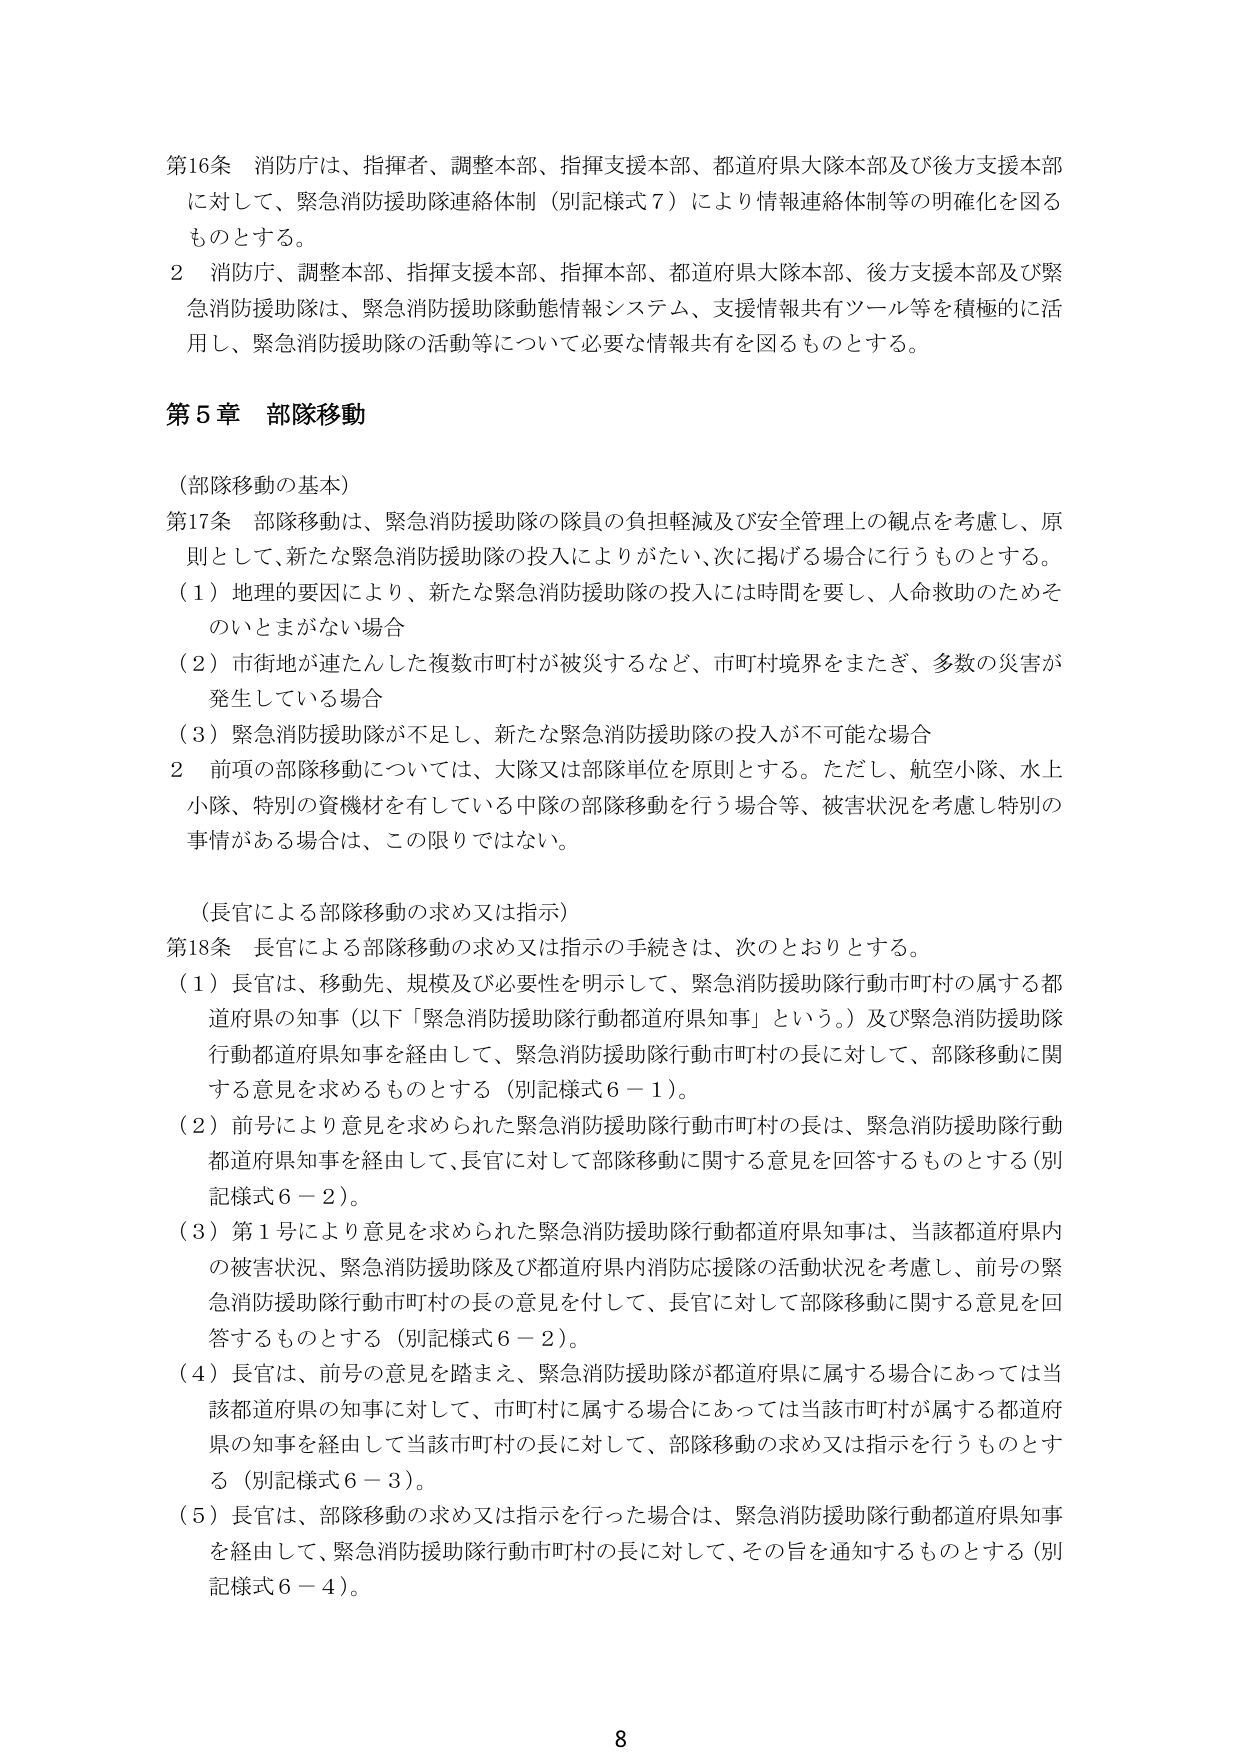
第16条 消防庁は、指揮者、調整本部、指揮支援本部、都道府県大隊本部及び後方支援本部に対して、緊急消防援助隊連絡体制（別記様式７）により情報連絡体制等の明確化を図るものとする。

２ 消防庁、調整本部、指揮支援本部、指揮本部、都道府県大隊本部、後方支援本部及び緊急消防援助隊は、緊急消防援助隊動態情報システム、支援情報共有ツール等を積極的に活用し、緊急消防援助隊の活動等について必要な情報共有を図るものとする。

第５章 部隊移動

（部隊移動の基本）

第17条 部隊移動は、緊急消防援助隊の隊員の負担軽減及び安全管理上の観点を考慮し、原則として、新たな緊急消防援助隊の投入によりがたい、次に掲げる場合に行うものとする。

（１）地理的要因により、新たな緊急消防援助隊の投入には時間を要し、人命救助のためそのいとまがない場合

（２）市街地が連たんした複数市町村が被災するなど、市町村境界をまたぎ、多数の災害が発生している場合

（３）緊急消防援助隊が不足し、新たな緊急消防援助隊の投入が不可能な場合

２ 前項の部隊移動については、大隊又は部隊単位を原則とする。ただし、航空小隊、水上小隊、特別の資機材を有している中隊の部隊移動を行う場合等、被害状況を考慮し特別の事情がある場合は、この限りではない。

（長官による部隊移動の求め又は指示）

第18条 長官による部隊移動の求め又は指示の手続きは、次のとおりとする。

（１）長官は、移動先、規模及び必要性を明示して、緊急消防援助隊行動市町村の属する都道府県の知事（以下「緊急消防援助隊行動都道府県知事」という。）及び緊急消防援助隊行動都道府県知事を経由して、緊急消防援助隊行動市町村の長に対して、部隊移動に関する意見を求めめるものとする（別記様式６－１）。

（２）前号により意見を求められた緊急消防援助隊行動市町村の長は、緊急消防援助隊行動都道府県知事を経由して、長官に対して部隊移動に関する意見を回答するものとする（別記様式６－２）。

（３）第１号により意見を求められた緊急消防援助隊行動都道府県知事は、当該都道府県内の被害状況、緊急消防援助隊及び都道府県内消防応援隊の活動状況を考慮し、前号の緊急消防援助隊行動市町村の長の意見を付して、長官に対して部隊移動に関する意見を回答するものとする（別記様式６－２）。

（４）長官は、前号の意見を踏まえ、緊急消防援助隊が都道府県に属する場合にあっては当該都道府県の知事に対して、市町村に属する場合にあっては当該市町村が属する都道府県の知事を経由して当該市町村の長に対して、部隊移動の求め又は指示を行うものとする（別記様式６－３）。

（５）長官は、部隊移動の求め又は指示を行った場合は、緊急消防援助隊行動都道府県知事を経由して、緊急消防援助隊行動市町村の長に対して、その旨を通知するものとする（別記様式６－４）。

8